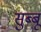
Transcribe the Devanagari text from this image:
सुब्बू